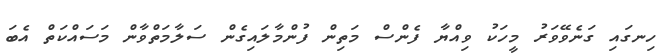
ހިނގައި ގަނެވޭވަރު މީހަކު ވިއްޔާ ފެންސް މަތިން ފުންމާލައިގެން ސަލާމަތްވާން މަސައްކަތް އެބަ